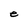
Character: e